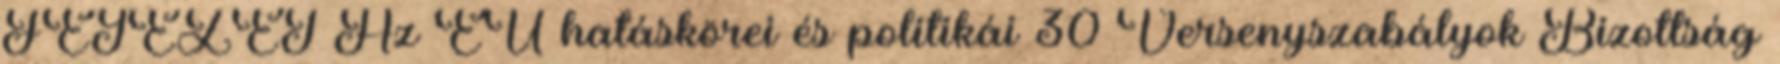
FEJEZET Az EU hatáskörei és politikái 30 Versenyszabályok Bizottság